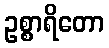
ဥစ္စာရိတော